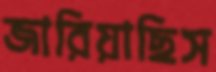
জারিয়াছিস